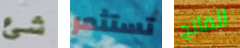
شئ تستثمر الفاتح